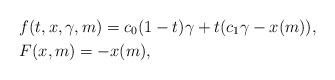
LaTeX: \begin{align*}& f(t,x,\gamma,m)= c_0 (1-t)\gamma + t (c_1 \gamma - x (m)),\\& F(x,m)= -x (m),\end{align*}